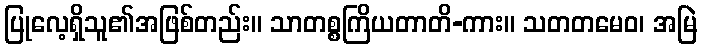
ပြုလေ့ရှိသူ၏အဖြစ်တည်း။ သာတစ္စကြိယတာတိ-ကား။ သတတမေဝ၊ အမြဲ